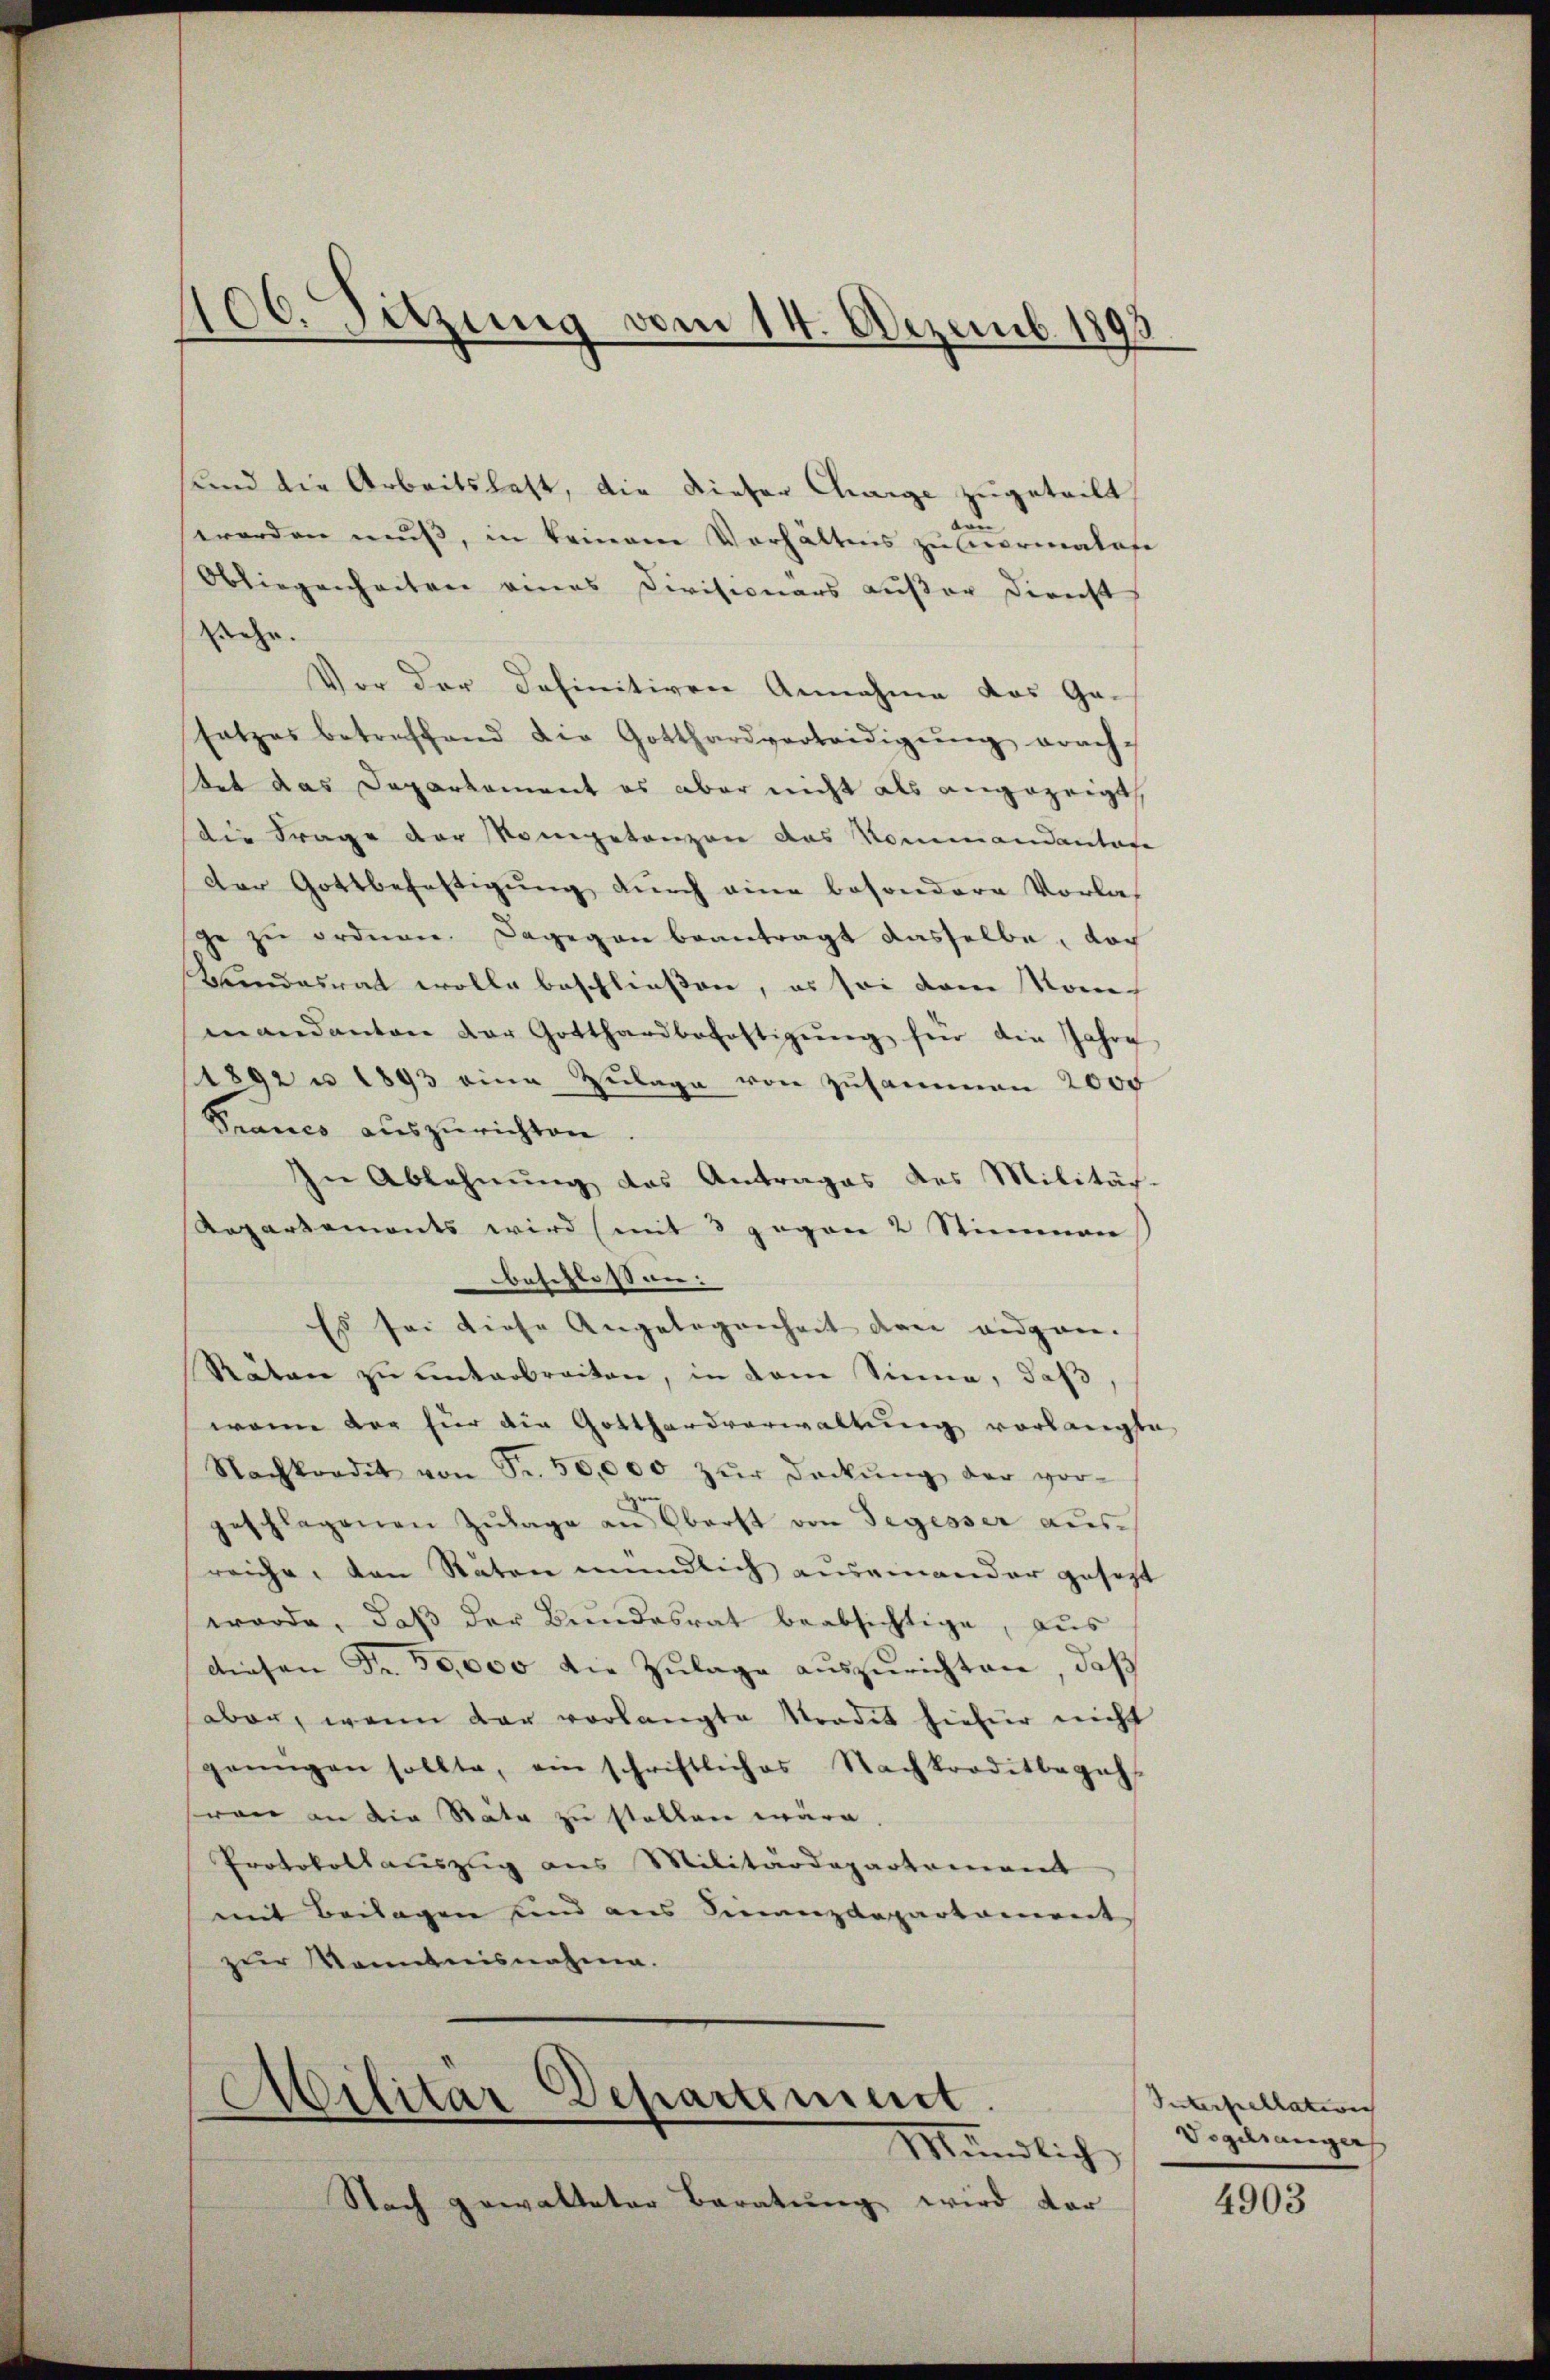
und die Arbeitslast, die dieser Charge zugeteilt,
worden muß, in keinem Verhältnis zu normalase
Obliegenheiten eines Divisionars außer Direcht
stehe.
Vor der Definitiven Annahme das Ge-
satzes betreffend die Gotthardverteidigŭng erach-
tet das Departement es aber nicht als angezeigt
die Frage der Kompetenzen das Kommandantafe
der Gottbefestigung durch eine besondere Vorlas
ge zu ordnen. Dagegen beantragt dasselbe, doch
Bundesrat wolle beschließen, es sei dem Kommandanton der Gotthardbefestigŭng für die Jahre
(1892 u 1843 eine Zŭlage von Zusammen 2000
Franco auszurichten.
In Ablehnŭng des Antrages des Militär-
Repartemonts wird (mit 8 gegen 2 Stimmen
beschlossen:
Es sei diese Angelegenheit drei eidgen.
Räten zu unterbreiten, in dem Sinne, daß
wann vor für die Gotthardverwaltung vorlangte
Nachkordit von Fr. 50,000 zŭr Dockŭng der vor-
geschlagenen Zŭlage an Oberst von Segesser aŭs-
reiche, von Raten mündlich auseinander gesezt
werde, daβ der Bŭndesrat beabsichtige, aus
diesen Fr. 50,000 die Zulage auszurichten, daß
aber, wenn dar vorlangte Sordit hiefür nicht
genügen sollte, ein schriftliches Nachkorditbegeh-
von an die Stäte zu stellen wäre.
Protokollauszug aus Militärdepartement
mit Beilagen und aus Finanzdepartament
zur Kenntnisnahme.

106. Sitzung vom 14. Dezemb. 1893

Dilitar Departiment.
.
Mündlich

Nach gewalteter Beratung wird der

Interpellation |
Vogelsanger

4903